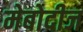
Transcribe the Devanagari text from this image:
मेबोदीज